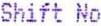
SHIFT NO